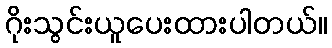
ဂိုးသွင်းယူပေးထားပါတယ်။